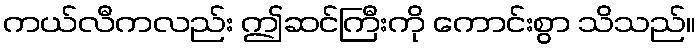
ကယ်လီကလည်း ဤဆင်ကြီးကို ကောင်းစွာ သိသည်။